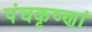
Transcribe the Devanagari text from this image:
पंचकृष्णां